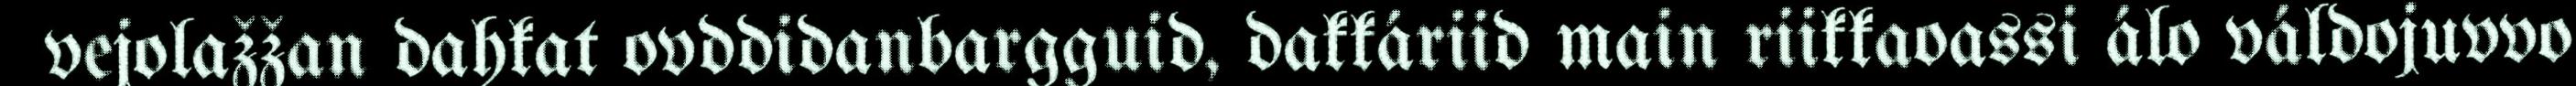
vejolažžan dahkat ovddidanbargguid, dakkáriid main riikkaoassi álo váldojuvvo